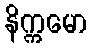
နိက္ကမော